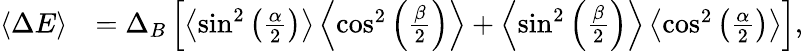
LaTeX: \begin{array}{rl}{\left\langle{\Delta E}\right\rangle}&{=\Delta_{B}\left[\left\langle{\sin^{2}\left(\frac{\alpha}{2}\right)}\right\rangle\left\langle{\cos^{2}\left(\frac{\beta}{2}\right)}\right\rangle+\left\langle{\sin^{2}\left(\frac{\beta}{2}\right)}\right\rangle\left\langle{\cos^{2}\left(\frac{\alpha}{2}\right)}\right\rangle\right],}\end{array}